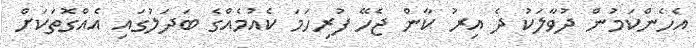
އެހެންކަމުން ދުވާލަކު ދެ އިރު ކާން ޖެހޭ ފުރިހަމަ ކެއުމެއްގެ ބަދަލުގައި އެއްގޮތަކަށް